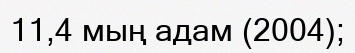
11,4 мың адам (2004);